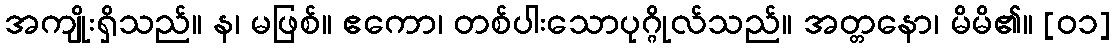
အကျိုးရှိသည်။ န၊ မဖြစ်။ ဧကော၊ တစ်ပါးသောပုဂ္ဂိုလ်သည်။ အတ္တနော၊ မိမိ၏။ [၀၁]